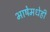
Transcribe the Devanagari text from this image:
भाषेमधेही